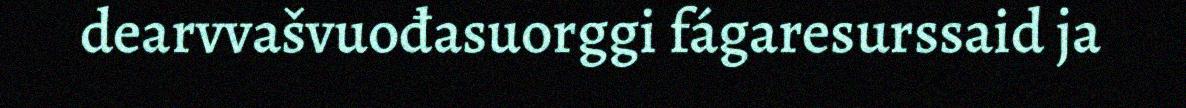
dearvvašvuođasuorggi fágaresurssaid ja